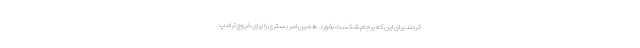
کردند برای این که برجام شکست بخورد. همین امر بستری را برای خروج ترامپ